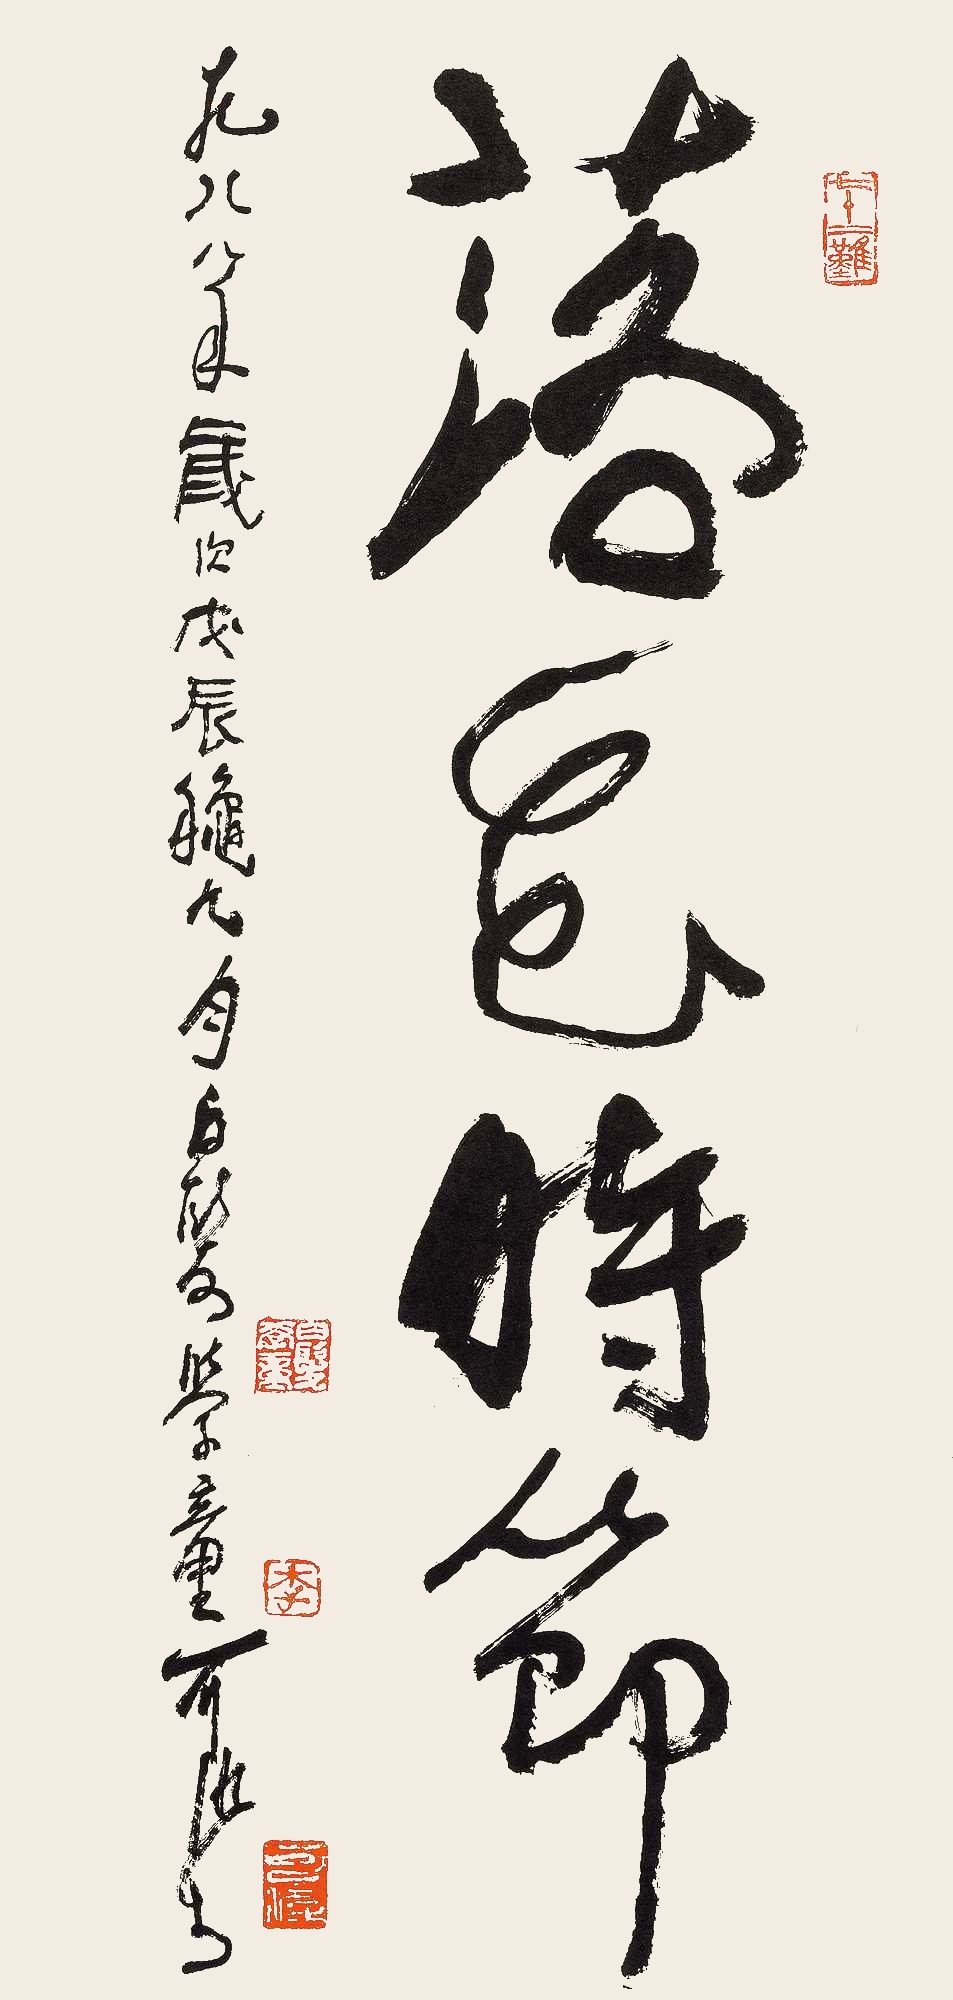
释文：落花时节。一九八八年岁次戊辰秋九月，白发学童可染书。